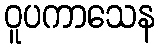
ဝူပကာသေန